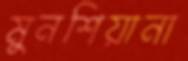
মুনশিয়ানা